Annual administration report of the Civil Veterinary Department of India - 1894-1895
Year: 1894
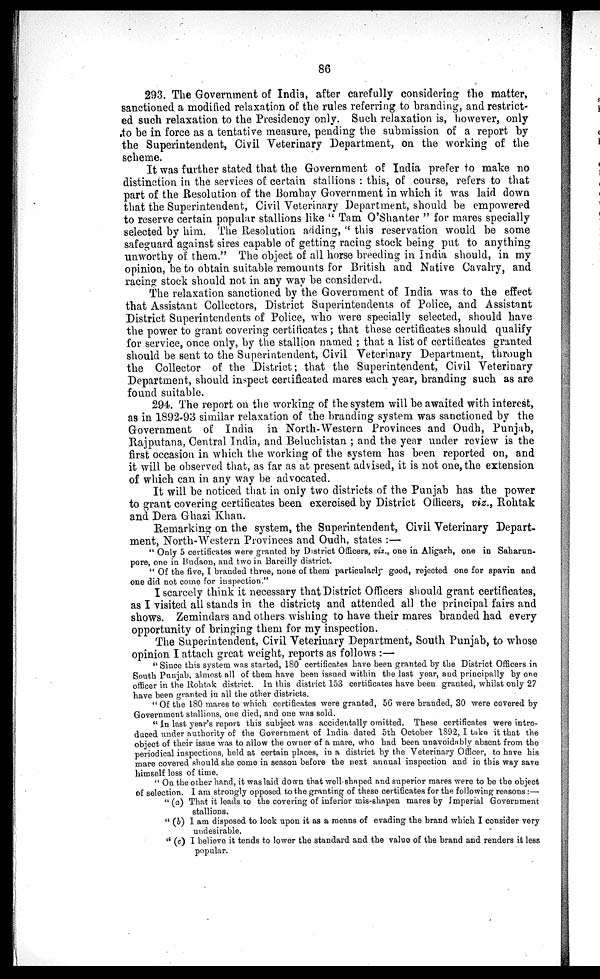
86
293. The Government of India, after carefully considering the matter,
sanctioned a modified relaxation of the rules referring to branding, and restrict-
ed such relaxation to the Presidency only. Such relaxation is, however, only
to be in force as a tentative measure, pending the submission of a report by
the Superintendent, Civil Veterinary Department, on the working of the
scheme.
It was further stated that the Government of India prefer to make no
distinction in the services of certain stallions : this, of course, refers to that
part of the Resolution of the Bombay Government in which it was laid down
that the Superintendent, Civil Veterinary Department, should be empowered
to reserve certain popular stallions like " Tam O'Shanter " for mares specially
selected by him. The Resolution adding, " this reservation would be some
safeguard against sires capable of getting racing stock being put to anything
unworthy of them." The object of all horse breeding in India should, in my
opinion, be to obtain suitable remounts for British and Native Cavalry, and
racing stock should not in any way be considered.
The relaxation sanctioned by the Government of India was to the effect
that Assistant Collectors, District Superintendents of Police, and Assistant
District Superintendents of Police, who were specially selected, should have
the power to grant covering certificates ; that these certificates should qualify
for service, once only, by the stallion named ; that a list of certificates granted
should be sent to the Superintendent, Civil Veterinary Department, through
the Collector of the District; that the Superintendent, Civil Veterinary
Department, should inspect certificated mares each year, branding such as are
found suitable.
294. The report on the working of the system will be awaited with interest,
as in 1892-93 similar relaxation of the branding system was sanctioned by the
Government of India in North-Western Provinces and Oudh, Punjab,
Rajputana, Central India, and Beluchistan ; and the year under review is the
first occasion in which the working of the system has been reported on, and
it will be observed that, as far as at present advised, it is not one, the extension
of which can in any way be advocated.
It will be noticed that in only two districts of the Punjab has the power
to grant covering certificates been exercised by District Officers, viz., Rohtak
and Dera Ghazi Khan.
Remarking on the system, the Superintendent, Civil Veterinary Depart-
ment, North-Western Provinces and Oudh, states :—
" Only 5 certificates were granted by District Officers, viz., one in Aligarh, one in Saharun-
pore, one in Budaon, and two in Bareilly district.
" Of the five, I branded three, none of them particularly good, rejected one for spavin and
one did not come for inspection."
I scarcely think it necessary that District Officers should grant certificates,
as I visited all stands in the districts and attended all the principal fairs and
shows. Zemindars and others washing to have their mares branded had every
opportunity of bringing them for my inspection.
The Superintendent, Civil Veterinary Department, South Punjab, to whose
opinion I attach great weight, reports as follows :—
" Since this system was started, 180 certificates have been granted by the District Officers in
South Punjab, almost all of them have been issued within the last year, and principally by one
officer in the Rohtak district. In this district 153 certificates have been granted, whilst only 27
have been granted in all the other districts.
" Of the 180 mares to which certificates were granted, 56 were branded, 30 were covered by
Government stallions, one died, and one was sold.
" In last year's report this subject was accidentally omitted. These certificates were intro-
duced under authority of the Government of India dated 5th October 1892, I take it that the
object of their issue was to allow the owner of a mare, who had been unavoidably absent from the
periodical inspections, held at certain places, in a district by the Veterinary Officer, to have his
mare covered should she come in season before the next annual inspection and in this way save
himself loss of time.
" On the other hand, it was laid down that well-shaped and superior mares were to be the object
of selection. I am strongly opposed to the granting of these certificates for the following reasons :—
" (a) That it leads to the covering of inferior mis-shapen mares by Imperial Government
stallions.
" (b) I am disposed to look upon it as a means of evading the brand which I consider very
undesirable.
" (c) I believe it tends to lower the standard and the value of the brand and renders it less
popular.